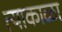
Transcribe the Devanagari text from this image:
त्याकाळा